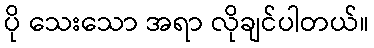
ပို သေးသော အရာ လိုချင်ပါတယ်။